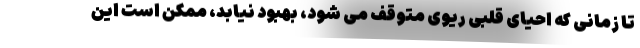
تا زمانی که احیای قلبی ریوی متوقف می شود، بهبود نیابد، ممکن است این